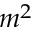
m ^ { 2 }